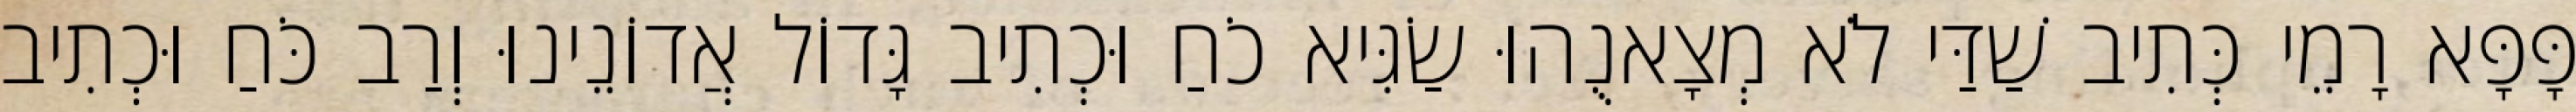
פָּפָּא רָמֵי כְּתִיב שַׁדַּי לֹא מְצָאנֻהוּ שַׂגִּיא כֹחַ וּכְתִיב גָּדוֹל אֲדוֹנֵינוּ וְרַב כֹּחַ וּכְתִיב